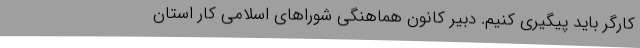
کارگر باید پیگیری کنیم. دبیر کانون هماهنگی شوراهای اسلامی کار استان